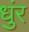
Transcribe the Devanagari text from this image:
धुंर